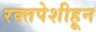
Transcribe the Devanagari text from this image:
रक्तपेशीहून